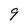
Character: 9